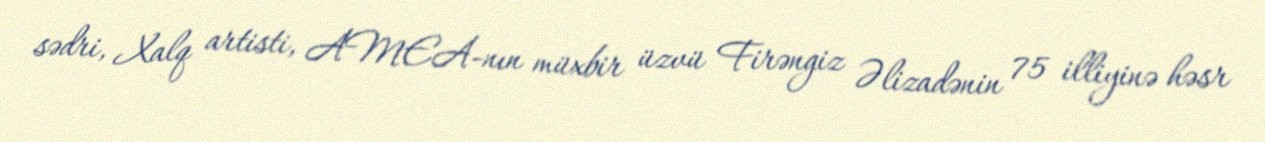
sədri, Xalq artisti, AMEA-nın müxbir üzvü Firəngiz Əlizadənin 75 illiyinə həsr